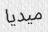
ميديا